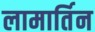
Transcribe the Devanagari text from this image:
लामार्तिन